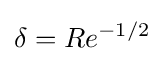
\delta =Re^{-1/2}